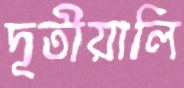
দূতীয়ালি